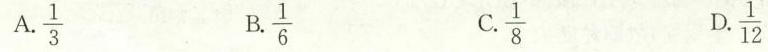
A. \frac{1}{3} B.\frac{1}{6} C.\frac{1}{8} D.\frac{1}{12}